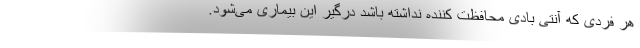
هر فردی که آنتی بادی محافظت کننده نداشته باشد درگیر این بیماری می‌شود.